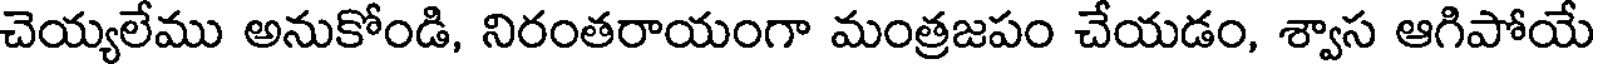
చెయ్యలేము అనుకోండి, నిరంతరాయంగా మంత్రజపం చేయడం, శ్వాస ఆగిపోయే